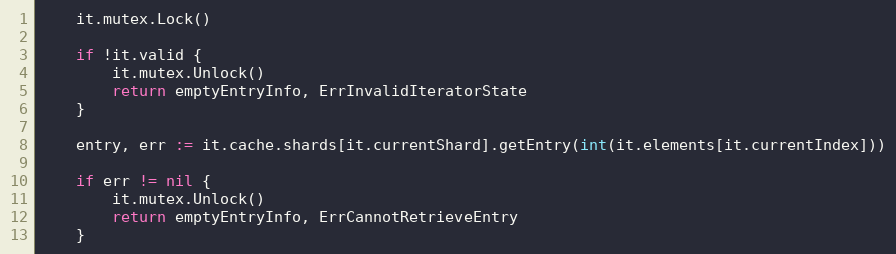
Language: Go
	it.mutex.Lock()

	if !it.valid {
		it.mutex.Unlock()
		return emptyEntryInfo, ErrInvalidIteratorState
	}

	entry, err := it.cache.shards[it.currentShard].getEntry(int(it.elements[it.currentIndex]))

	if err != nil {
		it.mutex.Unlock()
		return emptyEntryInfo, ErrCannotRetrieveEntry
	}